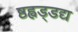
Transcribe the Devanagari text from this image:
ष्ठह्वड्डद्य